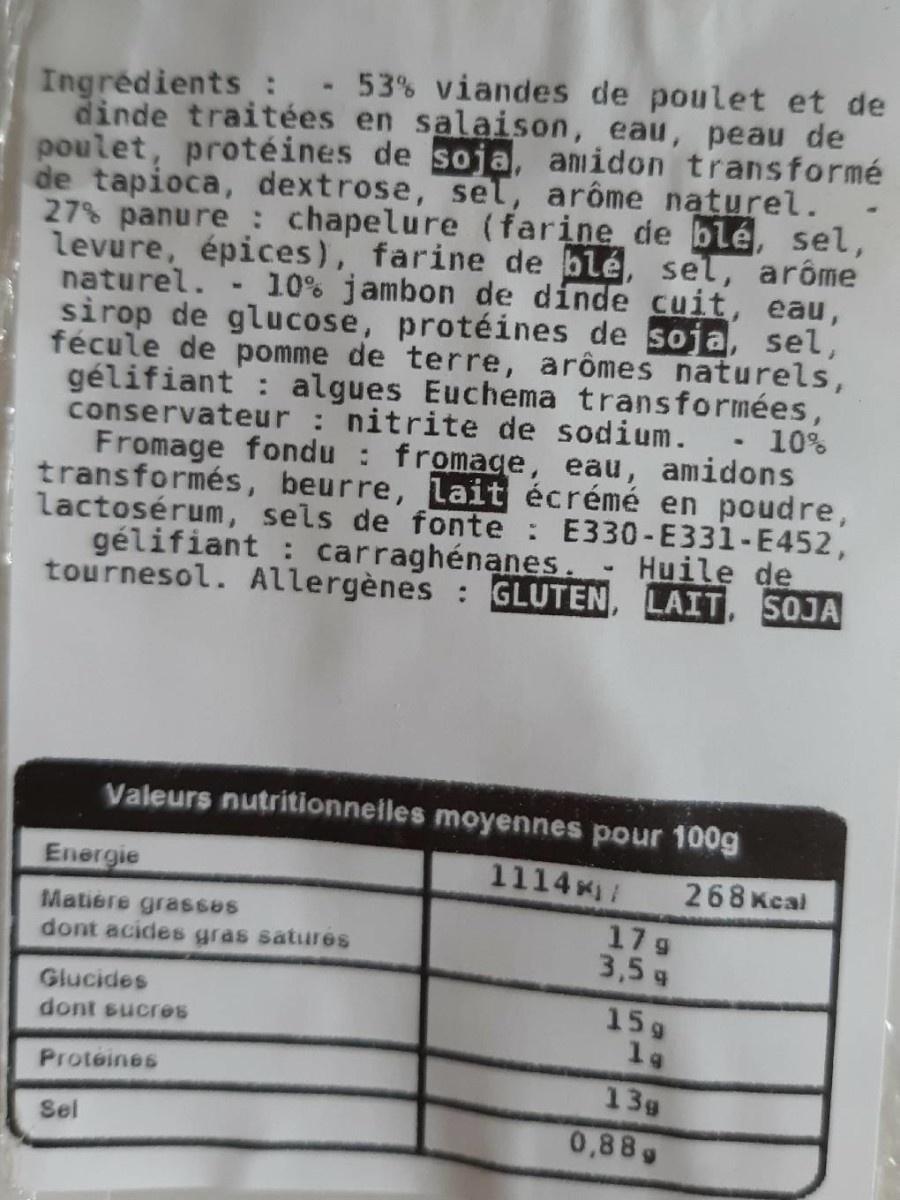
Ingredients : - 53% viandes de poulet et de dinde traitées en salaison, eau, peau de poulet, protéines de soja, amidon transformé de tapioca, dextrose, sel, arôme naturel. . 27% panure : chapelure (farine de blé, sel, levure, épices), farine de blé, sel, arôme naturel. - 10% jambon de dinde cuit, eau, sirop de glucose, protéines de soja, sel, fécule de pomme de terre, arômes naturels, gélifiant : algues Euchema transformées, conservateur : nitrite de sodium. · 10% Fromage fondu : fromage, eau, amidons transformés, beurre, Lait écrémé en poudre, lactosérum, sels de fonte : E330-E331-E452, gélifiant : carraghénanes. tournesol. Allergènes : GLUTEN, LAIT, SOJA
Huile de
Valeurs nutritionnelles moyennes pour 100g
Energie
1114 /
268Kcal
Matiere grasses dont acides gras satures
17 g 3,5 g
Glucides
15g 1g
dont sucres
Proteines
13g
Sel
0,88g